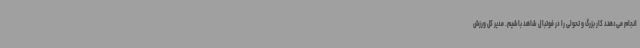
انجام می‌دهند کار بزرگ و تحولی را در فوتبال شاهد باشیم. مدیر کل ورزش